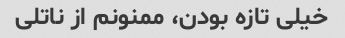
خیلی تازه بودن، ممنونم از ناتلی